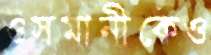
ওসমানীকেও